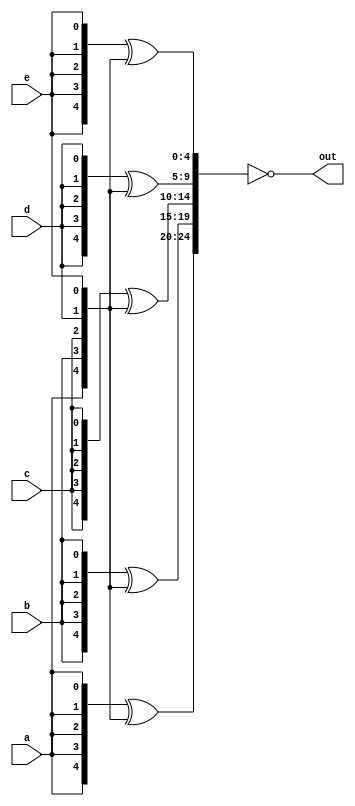
module top_module (
    input a, b, c, d, e,
    output [24:0] out );//
    wire [4:0]x;
    assign x={a,b,c,d,e};
    // The output is XNOR of two vectors created by 
    // concatenating and replicating the five inputs.
    // assign out = ~{ ... } ^ { ... };
    assign out=~{{{5{a}}^{x}},{{5{b}}^{x}},{{5{c}}^{x}},{{5{d}}^{x}},{{5{e}}^{x}}};
endmodule